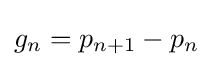
g_{n}=p_{n+1}-p_{n}